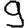
Digit: 9